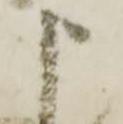
申